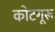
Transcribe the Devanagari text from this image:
कोटगूरू